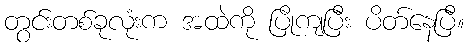
တွင်းတစ်ခုလုံးက အထဲကို ပြိုကျပြီး ပိတ်နေပြီ။